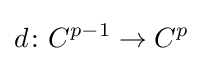
d\colon C^{p-1}\to C^{p}